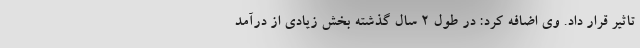
تاثیر قرار داد. وی اضافه کرد: در طول ۲ سال گذشته بخش زیادی از درآمد